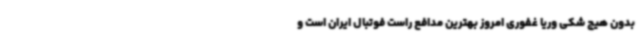
بدون هیچ شکی وریا غفوری امروز بهترین مدافع راست فوتبال ایران است و